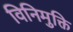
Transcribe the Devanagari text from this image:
विनिमुक्ति